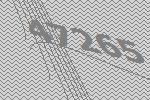
47265